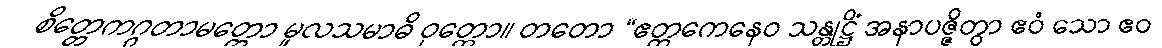
စိတ္တေကဂ္ဂတာမတ္တော မူလသမာဓိ ဝုတ္တော။ တတော “ဧတ္တကေနေဝ သန္တုဋ္ဌိံ အနာပဇ္ဇိတွာ ဧဝံ သော ဧဝ